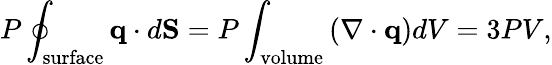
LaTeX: P\oint_{\mathrm{surface}}\mathbf{q}\cdot d\mathbf{S}=P\int_{\mathrm{volume}}\left(\nabla\cdot\mathbf{q}\right)dV=3PV,